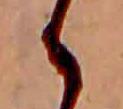
ゝ